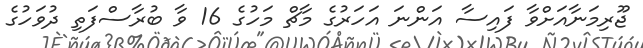
ޖޫރިމަނާއަށްވާ ފައިސާ އަންނަ އަހަރުގެ މާޗް މަހުގެ 16 ވާ ބުރާސްފަތި ދުވަހުގެ